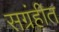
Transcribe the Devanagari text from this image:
सग्रंहीत